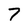
Character: 7